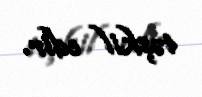
təşkil edir.